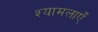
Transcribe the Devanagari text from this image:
श्यामलाएँ